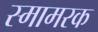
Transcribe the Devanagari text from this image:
स्मामरक